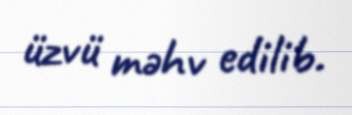
üzvü məhv edilib.